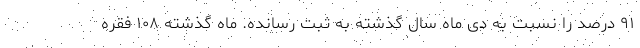
۹۱ درصد را نسبت به دی ماه سال گذشته به ثبت رسانده. ماه گذشته ۱۰۸ فقره